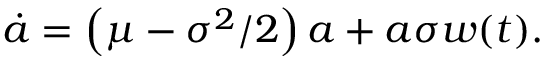
\dot { a } = \left( \mu - \sigma ^ { 2 } / 2 \right) a + a \sigma w ( t ) .